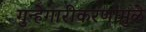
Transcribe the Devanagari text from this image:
गुन्हेगारीकरणामुळे